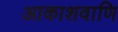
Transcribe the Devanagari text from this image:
आकाशवाणि